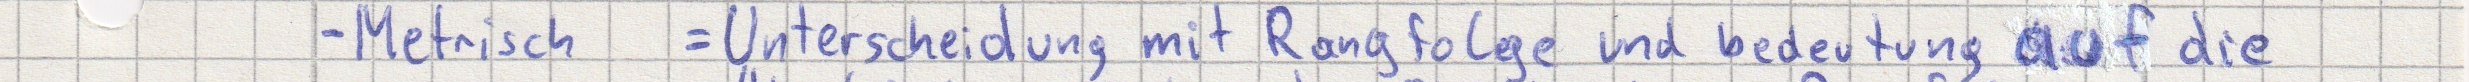
- Metrisch  = Unterscheidung mit Rangfolge und bedeutung auf die